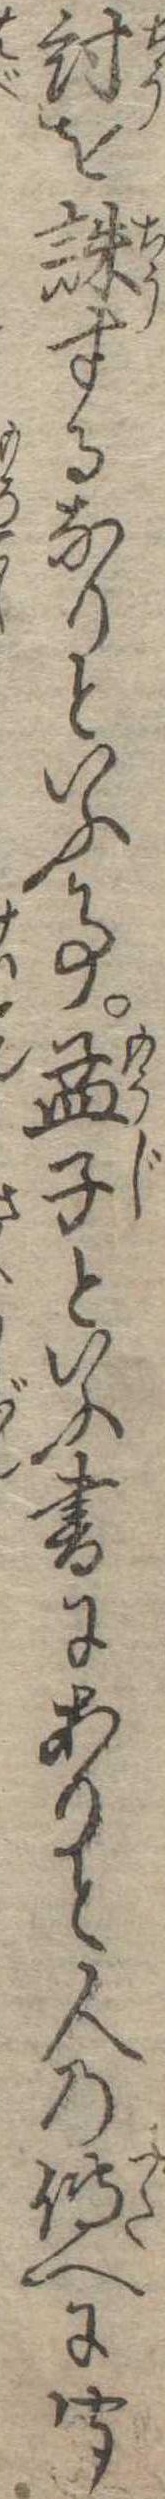
紂を誅するなりといふ事孟子といふ書にありと人の伝へに聞